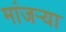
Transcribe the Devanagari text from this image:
मांजर्‍या